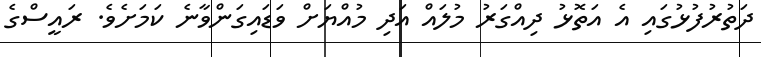
ދަތުރުފުޅުގައި އެ އަތޮޅު ދިއްގަރު މުލައް އަދި މުއްޔަށް ވަޑައިގަންވާނެ ކަމަށެވެ. ރައީސްގެ